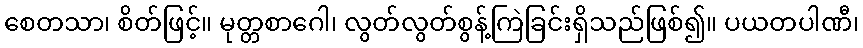
စေတသာ၊ စိတ်ဖြင့်။ မုတ္တစာဂေါ၊ လွတ်လွတ်စွန့်ကြဲခြင်းရှိသည်ဖြစ်၍။ ပယတပါဏီ၊